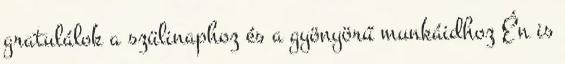
gratulálok a szülinaphoz és a gyönyörű munkáidhoz Én is